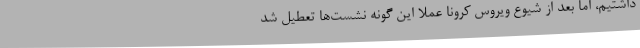
داشتیم، اما بعد از شیوع ویروس کرونا عملاً این گونه نشست‌ها تعطیل شد